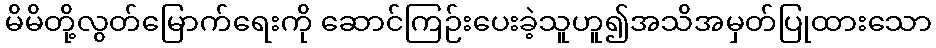
မိမိတို့လွတ်မြောက်ရေးကို ဆောင်ကြဉ်းပေးခဲ့သူဟူ၍အသိအမှတ်ပြုထားသော